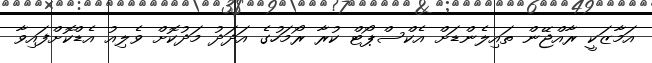
އަމާޒަކީ ރާއްޖޭން ތައިލެންޑަށް އެކްސްޕޯޓް ކުރާ ރޯމަހުގެ އަދަދު މަދުކޮށް ވެލިއު އެޑްކޮށްފައިވާ